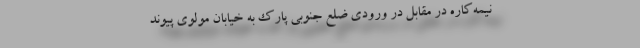
نيمه‌كاره در مقابل در ورودي ضلع جنوبي پارك به خيابان مولوي پيوند